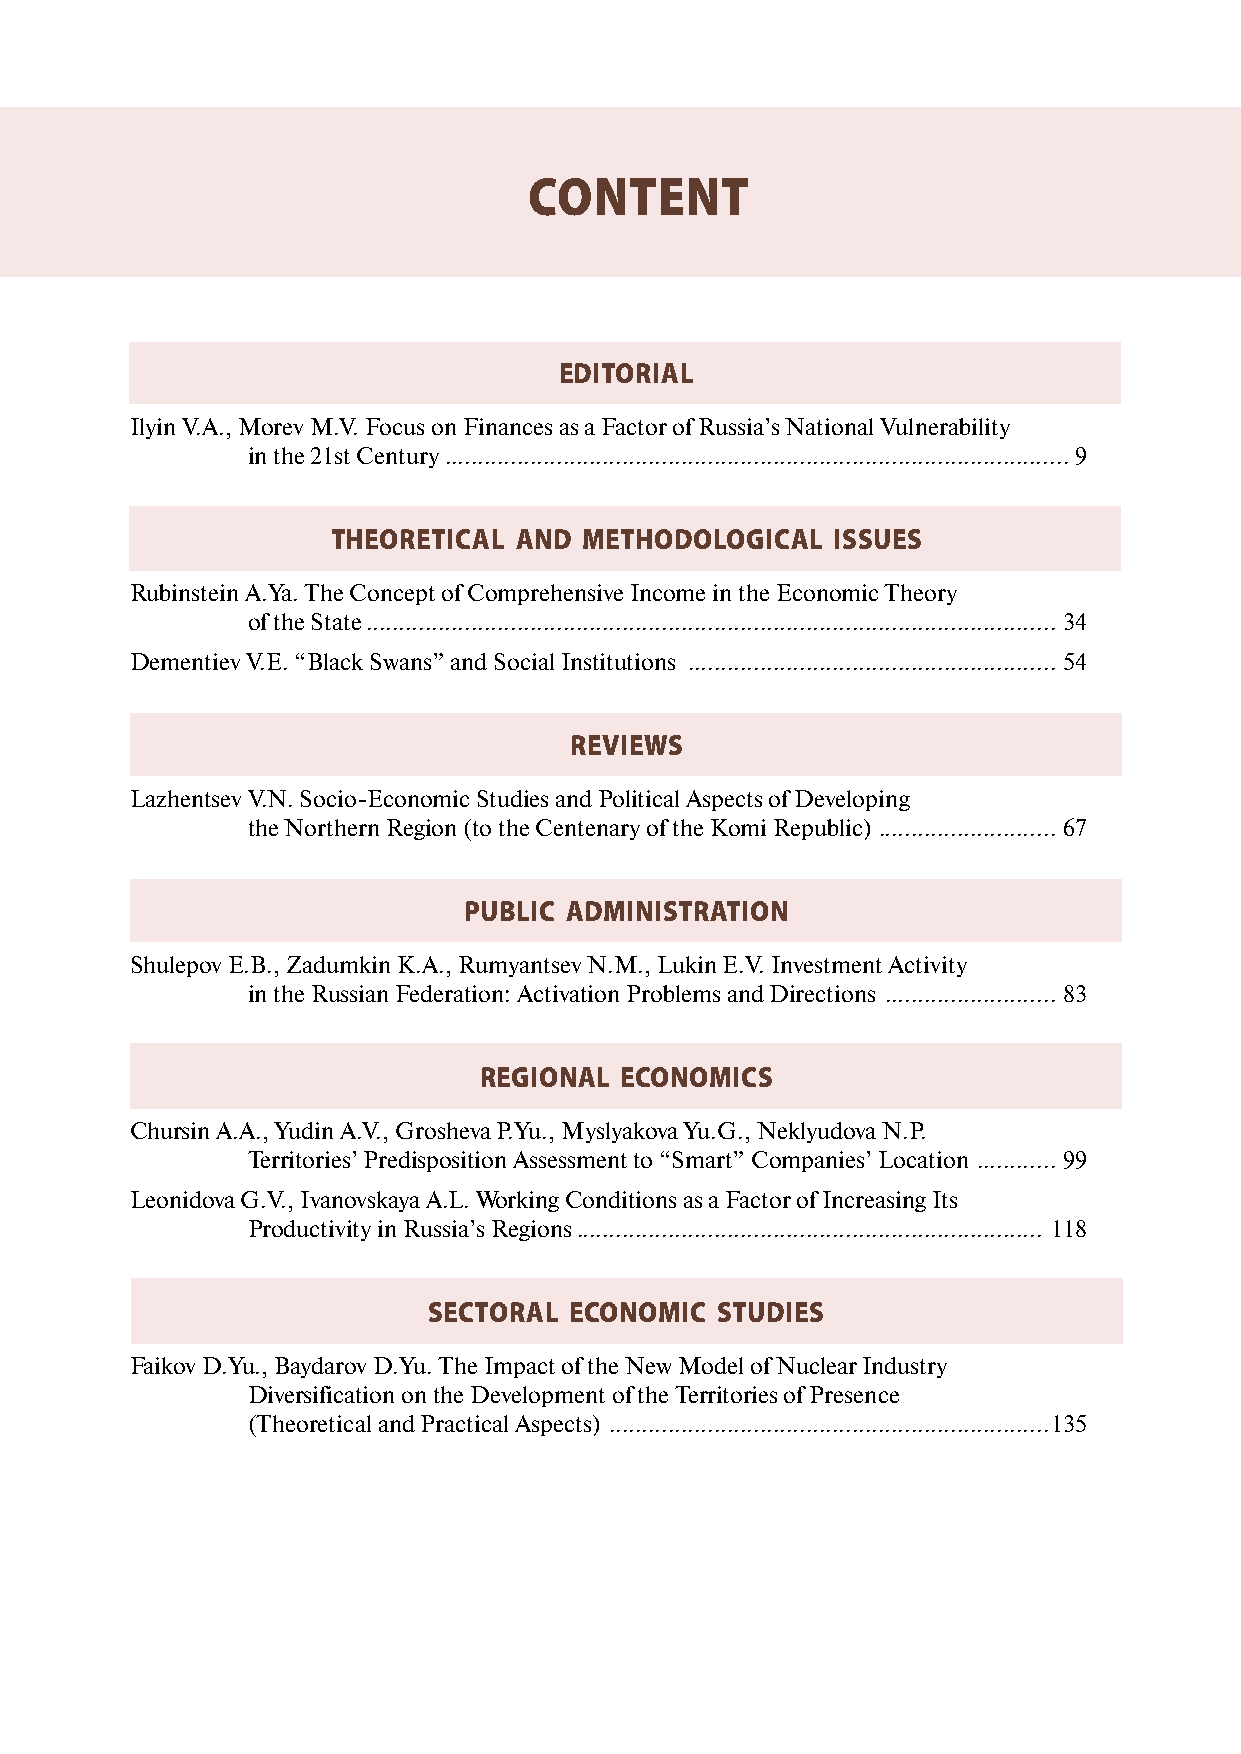
CONTENT
 EDITORIAL
 Ilyin V.А., Morev М.V. Focus on Finances as a Factor of Russia’s National Vulnerability
 in the 21st Century ...............................................................................................9
 THEORETICAL AND  METHODOLOGICAL  ISSUES
 Rubinstein А.Ya. The Concept of Comprehensive Income in the Economic Theory
 of the State ......................................................................................................... 34
 Dementiev V.Е. “Black Swans” and Social Institutions ........................................................ 54
 REVIEWS
 Lazhentsev V.N. Socio-Economic Studies and Political Aspects of Developing
 the Northern Region (to the Centenary of the Komi Republic) ........................... 67
 PUBLIC ADMINISTRATION
 Shulepov Е.B., Zadumkin К.А., Rumyantsev N.М., Lukin Е.V. Investment Activity
 in the Russian Federation: Activation Problems and Directions .......................... 83
 REGIONAL ECONOMICS
 Chursin А.А., Yudin А.V., Grosheva P.Yu., Myslyakova Yu.G., Neklyudova N.P.
 Territories’ Predisposition Assessment to “Smart” Companies’ Location ............ 99
 Leonidova G.V., Ivanovskaya А.L. Working Conditions as a Factor of Increasing Its
 Productivity in Russia’s Regions ....................................................................... 118
 SECTORAL  ECONOMIC STUDIES
 Faikov D.Yu., Baydarov D.Yu. The Impact of the New Model of Nuclear Industry
 Diversification on the Development of the Territories of Presence
 (Theoretical and Practical Aspects) ...................................................................135